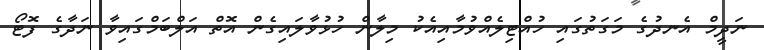
ނަދީމް އެނދުގެ މަގަތުގައި ހުއްޓިލެއްވުމާއިއެކު މިލާން ހުޅުވާލައިގެން އޮތް އަލްބަމްގައިވާ ނަދާގެ ފޮޓޯ